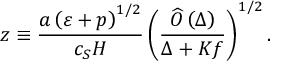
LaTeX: z \equiv \frac { a \left( \varepsilon + p \right) ^ { 1 / 2 } } { c _ { S } H } \left( \frac { \widehat { O } \left( \Delta \right) } { \Delta + K f } \right) ^ { 1 / 2 } .